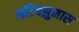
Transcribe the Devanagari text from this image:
मॉटेक्झुमास